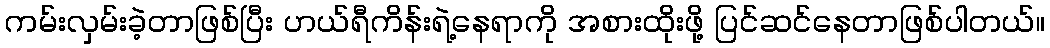
ကမ်းလှမ်းခဲ့တာဖြစ်ပြီး ဟယ်ရီကိန်းရဲ့နေရာကို အစားထိုးဖို့ ပြင်ဆင်နေတာဖြစ်ပါတယ်။